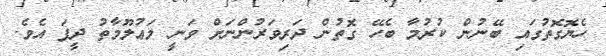
ހެޔޮގޮތުގައި ބޭނުން ކުރުމާ ބެހޭ ގޮތުން ދަރިވަރުންނަށް ވަނީ މަޢުލޫމާތު ދީފަ އެވެ.